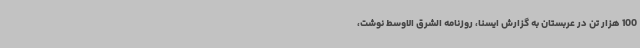
100 هزار تن در عربستان به گزارش ایسنا، روزنامه الشرق الاوسط نوشت،